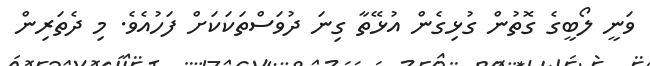
ވަނީ ލޯބީގެ ގޮތުން ގުޅިގެން އުޅޭތާ ގިނަ ދުވަސްތަކަކަަށް ފަހުއެވެ. މި ދެތަރިން